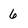
Character: 6